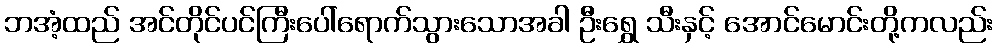
ဘအံ့ထည် အင်တိုင်ပင်ကြီးပေါ်ရောက်သွားသောအခါ ဦးရွှေ သီးနှင့် အောင်မောင်းတို့ကလည်း